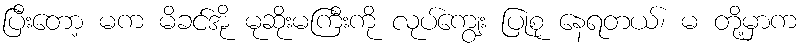
ပြီးတော့ မက မိခင်အို မုဆိုးမကြီးကို လုပ်ကျွေး ပြုစု နေရတယ်၊ မ တို့မှာက